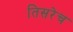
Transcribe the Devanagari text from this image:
तिसरेच